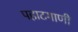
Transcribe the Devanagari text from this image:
पहाटगाणी